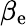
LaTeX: \beta_{\mathrm{e}}